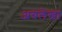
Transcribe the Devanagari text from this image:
अग्रलेखा